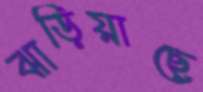
ঝাড়িয়াছে